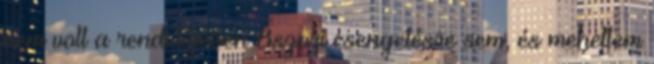
nem volt a rendelőjében 8szori csengetésre sem, és mehettem